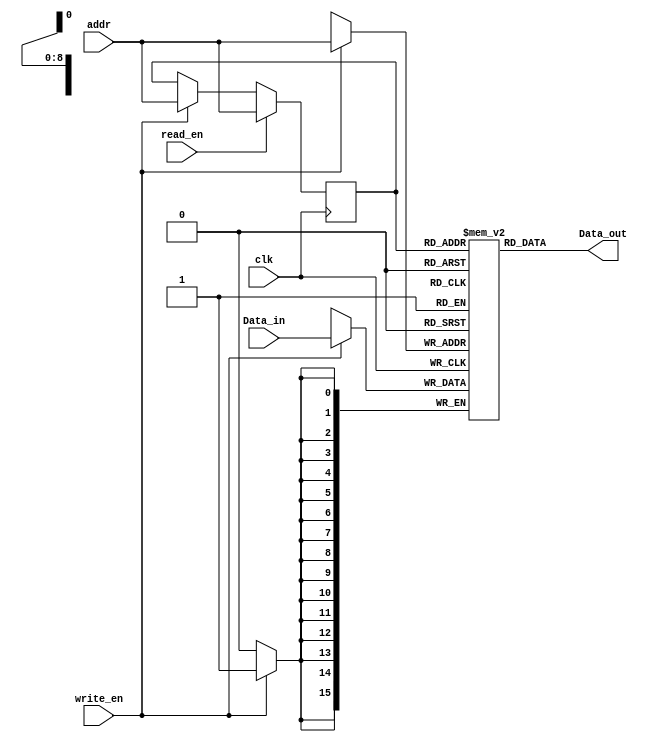
module iram(clk,write_en,read_en,addr,Data_in,Data_out);
    input clk,write_en, read_en;
    input[8:0] addr;
    input[15:0] Data_in;
    output[15:0] Data_out;

    reg[15:0] singleport_ram[511:0];
    reg[8:0] addr_read;

    always @(posedge clk) 
    begin
        if (write_en == 1) 
        begin
           singleport_ram[addr] <= Data_in;
           addr_read <= addr; 
        end
        if (read_en == 1)
        begin
            addr_read <= addr;
        end
    end
    assign Data_out = singleport_ram[addr_read];
	 
	 
endmodule